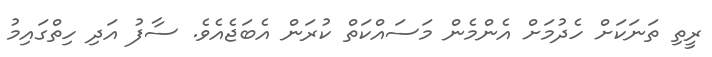
ރީތި ތަނަކަށް ހެދުމަށް އެންމެން މަސައްކަތް ކުރަން އެބަޖެއެވެ. ސާފު އަދި ހިތްގައިމު